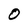
Character: 0